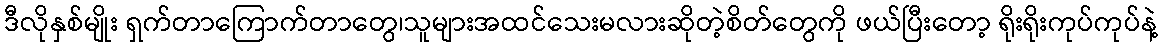
ဒီလိုနှစ်မျိုး ရှက်တာကြောက်တာတွေ၊သူများအထင်သေးမလားဆိုတဲ့စိတ်တွေကို ဖယ်ပြီးတော့ ရိုးရိုးကုပ်ကုပ်နဲ့